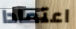
اعتمادا